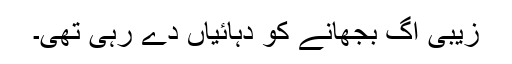
زیبی آگ بجھانے کو دہائیاں دے رہی تھی۔